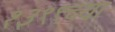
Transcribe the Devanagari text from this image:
१३९९च्या